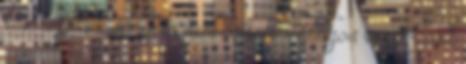
vele a falat, annyira nem csípem. Átlagos vagy kicsit